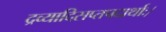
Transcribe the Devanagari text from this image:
द्रव्यादिसप्तपदार्थाः।